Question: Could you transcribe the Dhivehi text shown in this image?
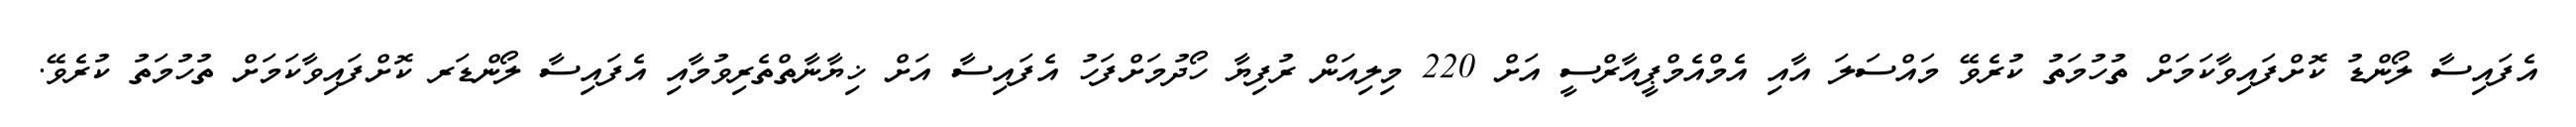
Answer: އެފައިސާ ލޯންޑު ކޮށްފައިވާކަމަށް ތުހުމަތު ކުރެވޭ މައްސަލަ އާއި އެމްއެމްޕީއާރްސީ އަށް 220 މިލިއަން ރުފިޔާ ހޯދުމަށްފަހު އެފައިސާ އަށް ޚިޔާނާތްތެރިވުމާއި އެފައިސާ ލޯންޑަރ ކޮށްފައިވާކަމަށް ތުހުމަތު ކުރެވޭ.